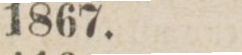
1867.